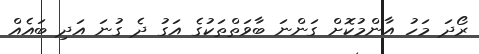
ރޯދަ މަހު އާންމުކޮށް ގަންނަަ ބާވަތްތަކުގެ އަގު ދެ ގުނަ އަދި ބައެއް